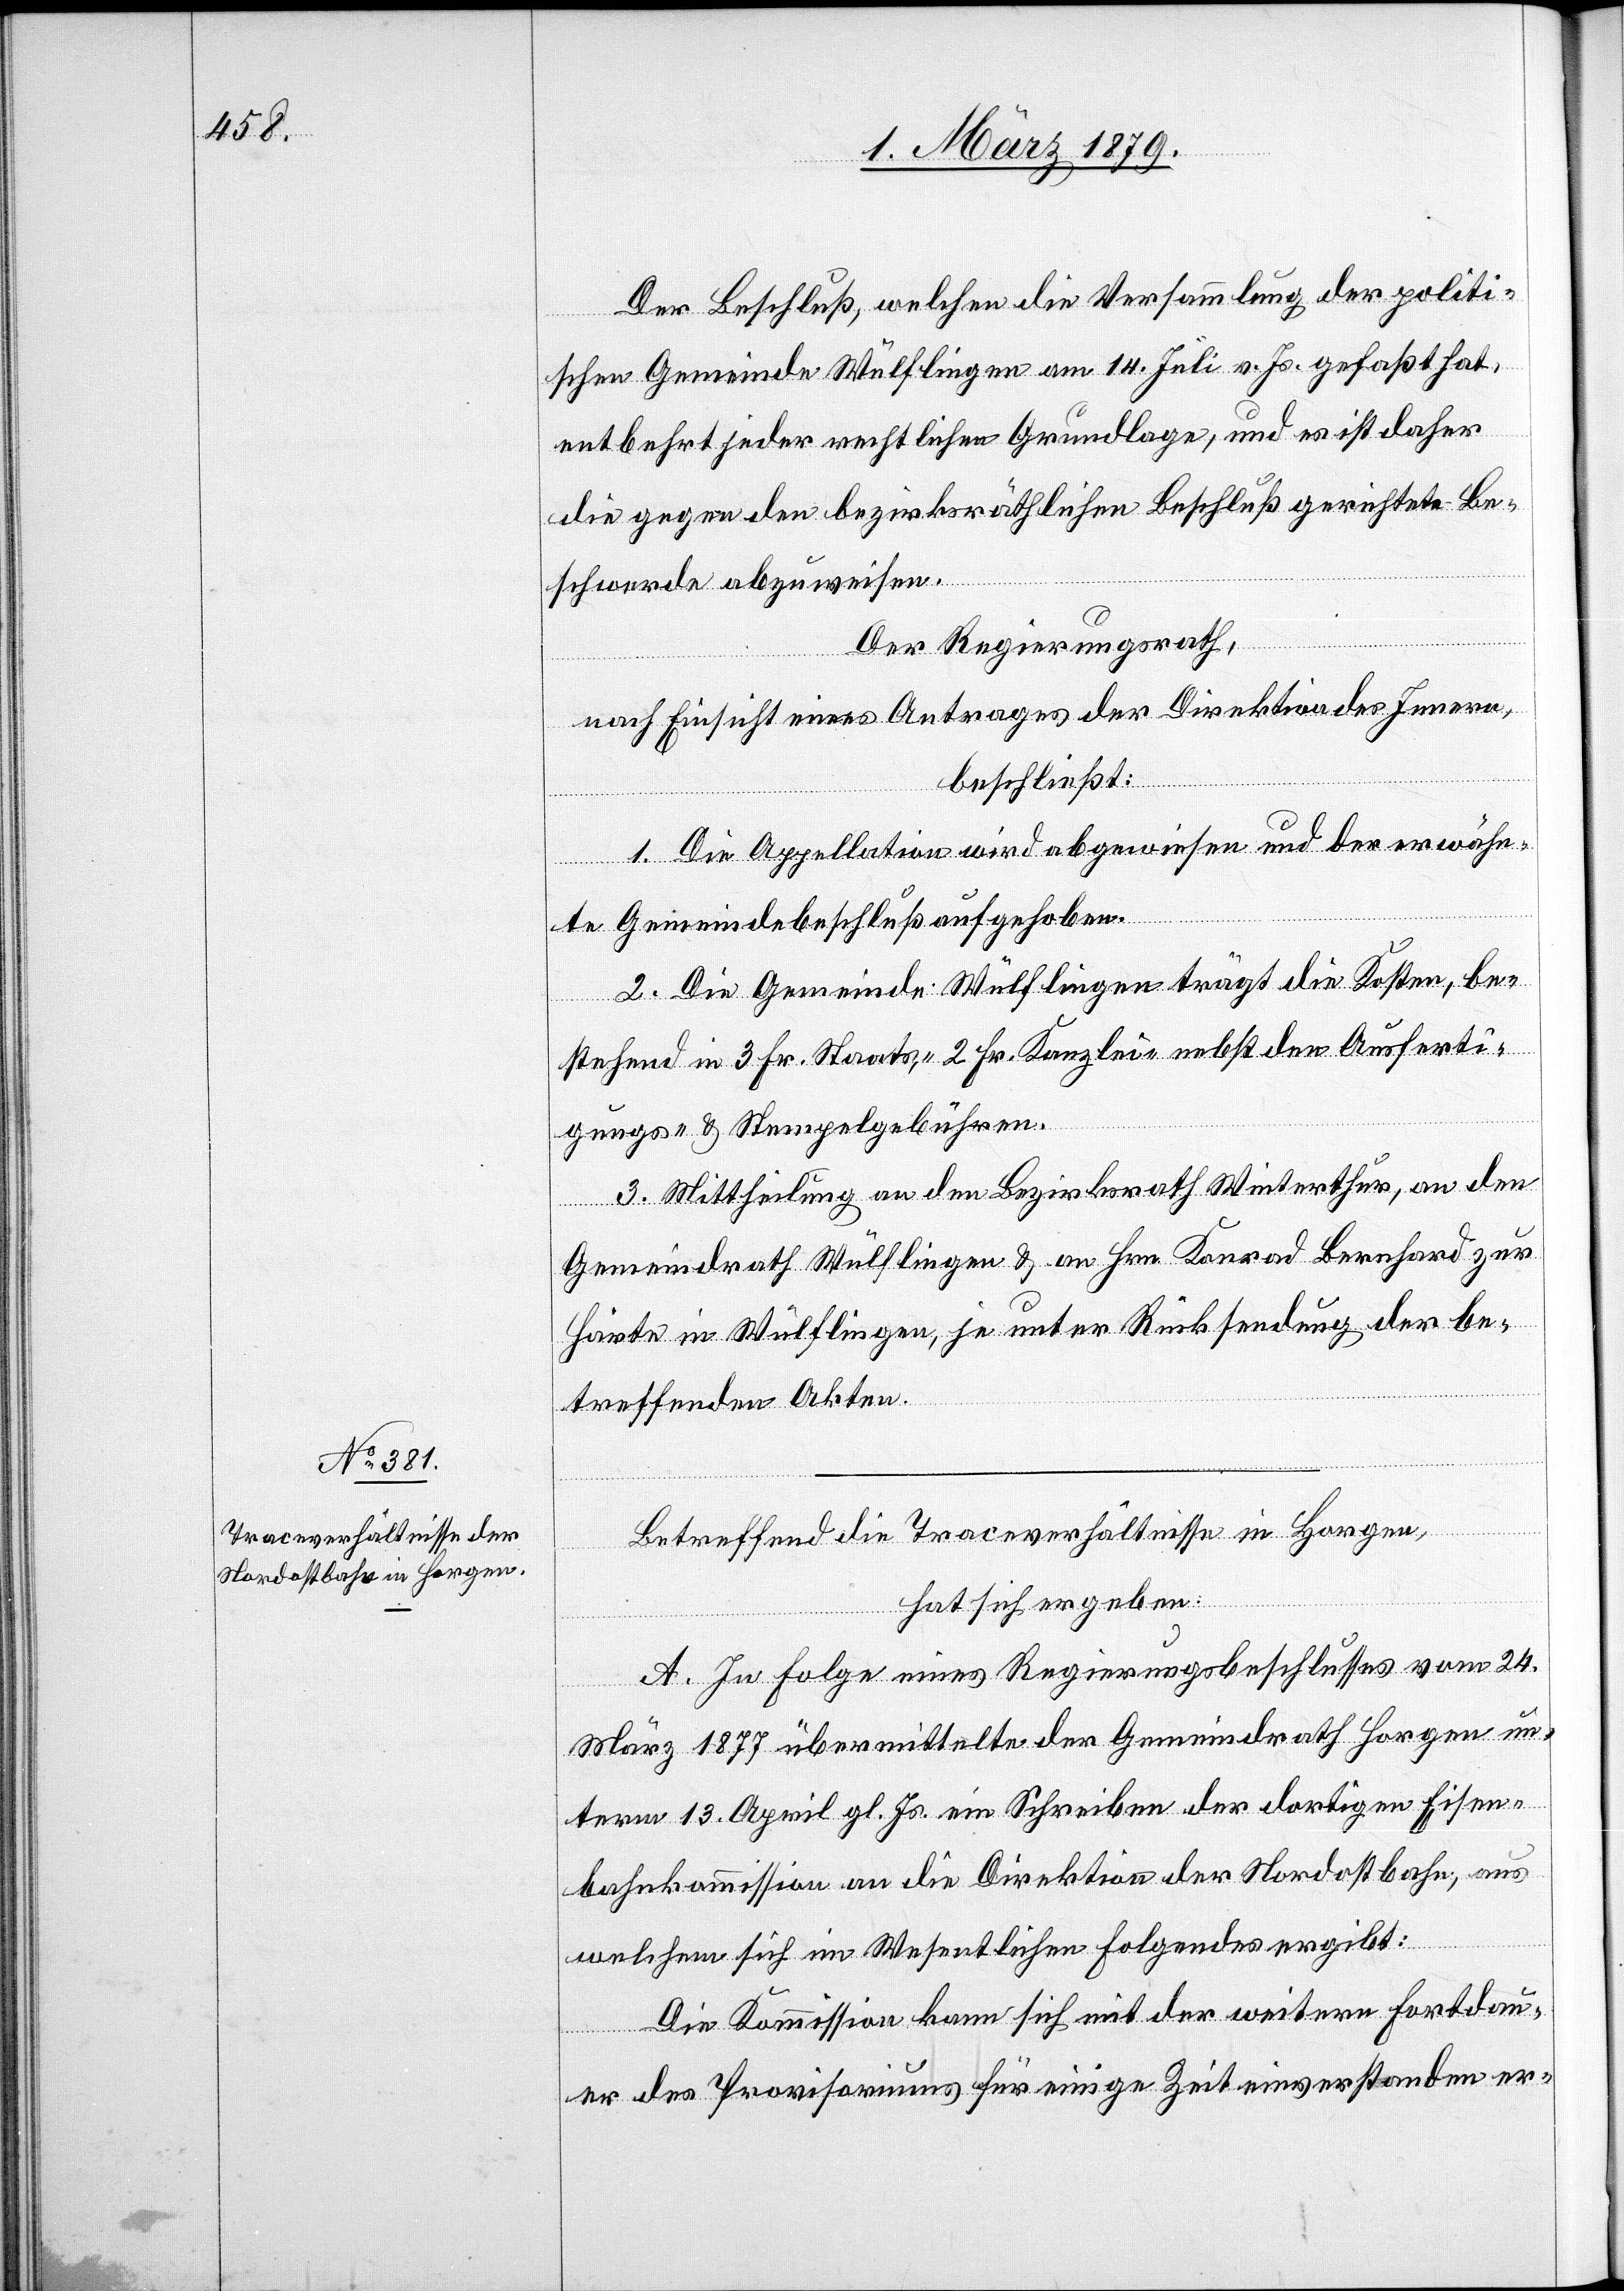
Der Beschluß, welchen die Versammlung der politi¬
schen Gemeinde Wülflingen am 14. Juli v. Js. gefaßt hat,
entbehrt jeder rechtlichen Grundlage, und es ist daher
die gegen den bezirksräthlichen Beschluß gerichtete Be¬
schwerde abzuweisen.
Der Regierungsrath,
nach Einsicht eines Antrages der Direktion des Innern,
beschließt:
1. Die Appellation wird abgewiesen und der erwähn¬
te Gemeindebeschluß aufgehoben.
2. Die Gemeinde Wülflingen trägt die Kosten, be¬
stehend in 3 Fr. Staats-, 2. Fr. Kanzlei- nebst den Ausferti¬
gungs- & Stempelgebühren.
3. Mittheilung an den Bezirksrath Winterthur, an den
Gemeindrath Wülflingen & an Hrn. Konrad Bernhard zur
Härte in Wülflingen, je unter Rücksendung der be¬
treffenden Akten.
Betreffend die Traceverhältnisse in Horgen,
hat sich ergeben:
A. In Folge eines Regierungsbeschlusses vom 24.
März 1877 übermittelte der Gemeindrath Horgen un¬
term 13. April gl. Js. ein Schreiben der dortigen Eisen¬
bahnkommission an die Direktion der Nordostbahn, aus
welchem sich im Wesentlichen Folgendes ergibt:
Die Kommission kann sich mit der weitern Fortdau¬
er des Provisoriums für einige Zeit einverstanden er-